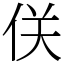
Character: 𠈪